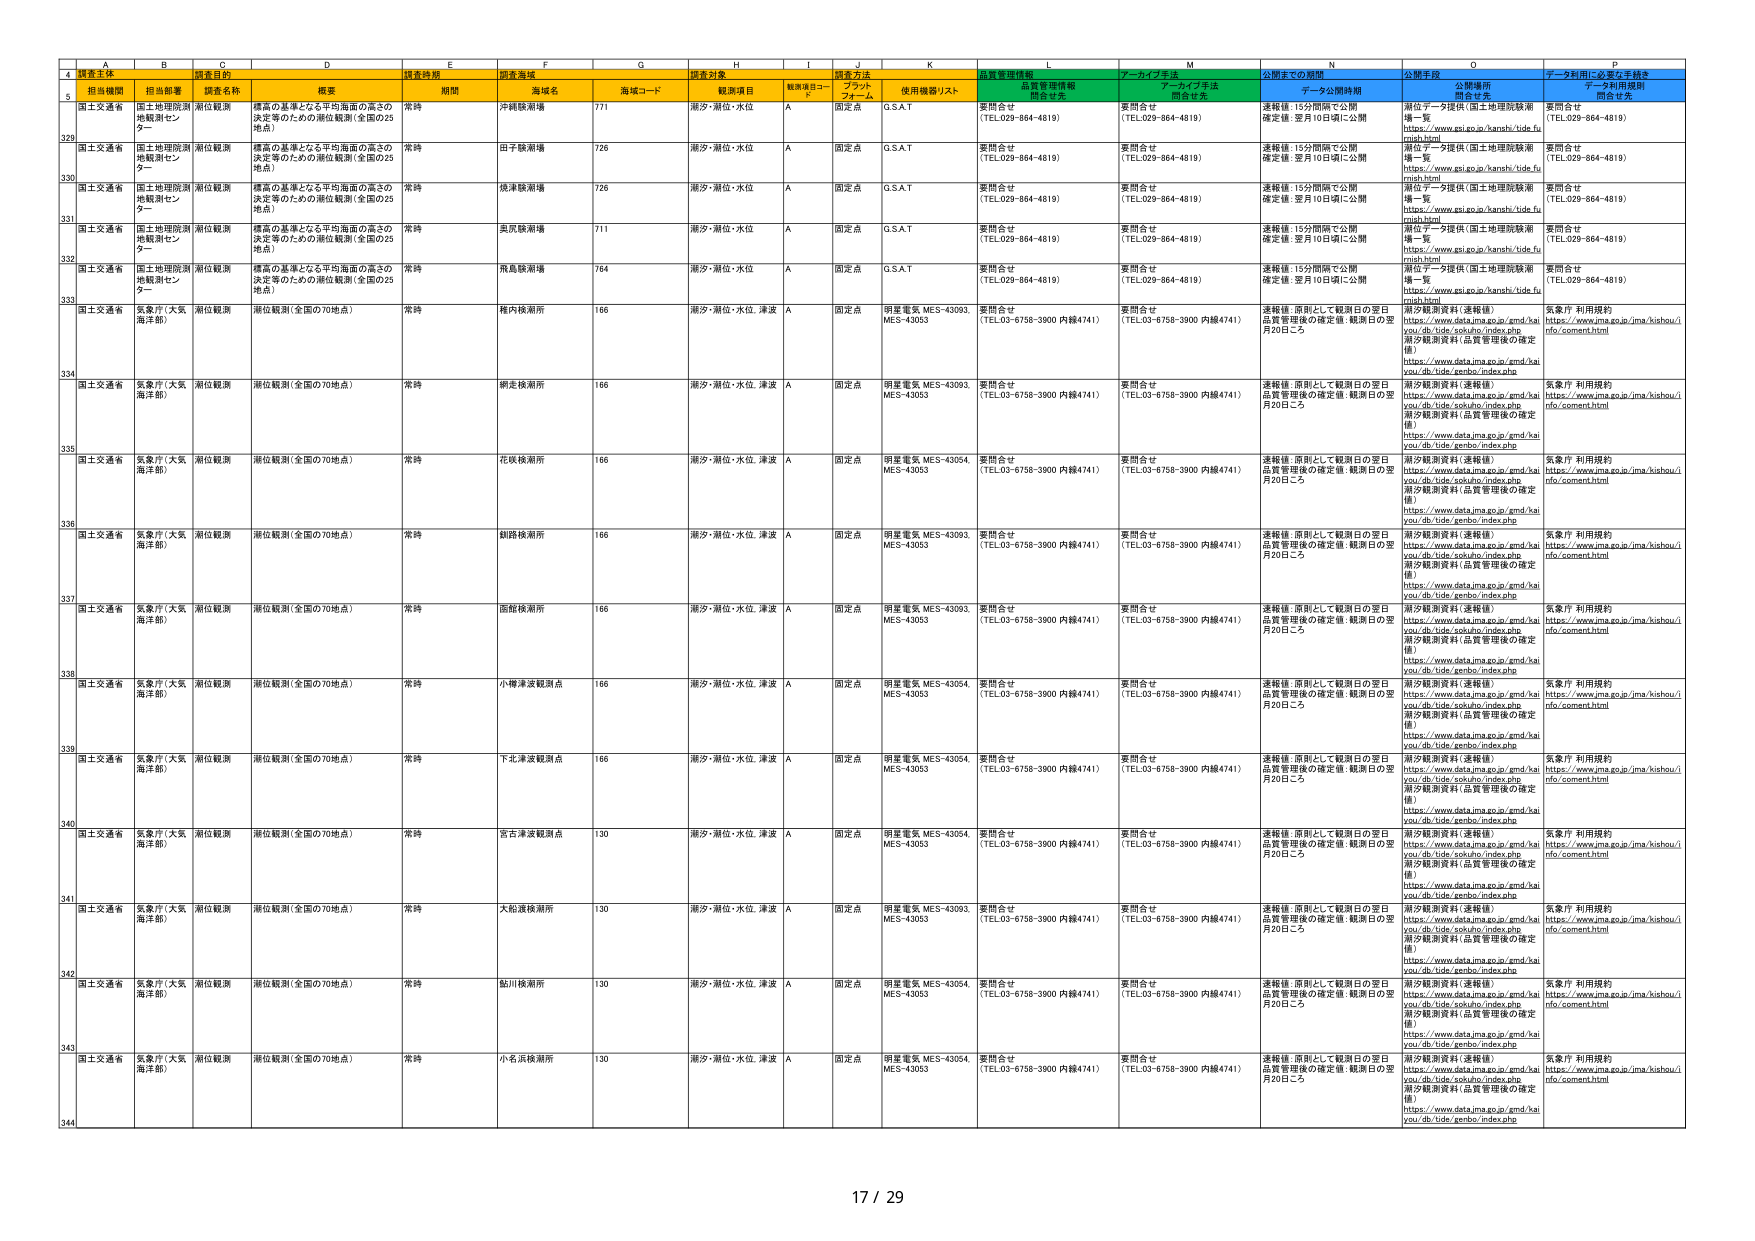
A  B  C  D  E  F  G  H  I  J  K  L  M  N  O  P
4  調査主体  調査主体  調査主体  調査主体  調査主体  調査主体  調査主体  調査主体  調査主体  調査主体  調査主体  調査主体  調査主体  調査主体  調査主体  調査主体
5  担当機関  担当部署  調査名称  概要  期間  海域名  海域コード  観測項目  観測項目コード  調査方法 ブランド フォーム  使用機器/リスト  品質管理情報 問合せ先  アーカイブ手法 問合せ先  公開までの期間  データ公開時期  公開手段  公開場所 問合せ先  データ利用に必要な手続き データ利用規約 問合せ先
329  国土交通省  国土地理院測地観測センター  潮位観測  標高の基準となる平均海面の高さの決定等のための潮位観測（全国の25地点）  常時  沖縄県漁港  771  潮汐・潮位・水位  A  固定点  G.S.A.T  要問合せ（TEL.029-864-4819）  要問合せ（TEL.029-864-4819）  速報値：15分間隔で公開確定値：翌月10日頃に公開  潮位データ提供（国土地理院観測場一覧https://www.gsi.go.jp/kanshi/tide_fumish.html）  要問合せ（TEL.029-864-4819）
330  国土交通省  国土地理院測地観測センター  潮位観測  標高の基準となる平均海面の高さの決定等のための潮位観測（全国の25地点）  常時  田子鰭漁場  726  潮汐・潮位・水位  A  固定点  G.S.A.T  要問合せ（TEL.029-864-4819）  要問合せ（TEL.029-864-4819）  速報値：15分間隔で公開確定値：翌月10日頃に公開  潮位データ提供（国土地理院観測場一覧https://www.gsi.go.jp/kanshi/tide_fumish.html）  要問合せ（TEL.029-864-4819）
331  国土交通省  国土地理院測地観測センター  潮位観測  標高の基準となる平均海面の高さの決定等のための潮位観測（全国の25地点）  常時  徳津漁場  726  潮汐・潮位・水位  A  固定点  G.S.A.T  要問合せ（TEL.029-864-4819）  要問合せ（TEL.029-864-4819）  速報値：15分間隔で公開確定値：翌月10日頃に公開  潮位データ提供（国土地理院観測場一覧https://www.gsi.go.jp/kanshi/tide_fumish.html）  要問合せ（TEL.029-864-4819）
332  国土交通省  国土地理院測地観測センター  潮位観測  標高の基準となる平均海面の高さの決定等のための潮位観測（全国の25地点）  常時  奥尻漁場  711  潮汐・潮位・水位  A  固定点  G.S.A.T  要問合せ（TEL.029-864-4819）  要問合せ（TEL.029-864-4819）  速報値：15分間隔で公開確定値：翌月10日頃に公開  潮位データ提供（国土地理院観測場一覧https://www.gsi.go.jp/kanshi/tide_fumish.html）  要問合せ（TEL.029-864-4819）
333  国土交通省  国土地理院測地観測センター  潮位観測  標高の基準となる平均海面の高さの決定等のための潮位観測（全国の25地点）  常時  飛島漁場  764  潮汐・潮位・水位  A  固定点  G.S.A.T  要問合せ（TEL.029-864-4819）  要問合せ（TEL.029-864-4819）  速報値：15分間隔で公開確定値：翌月10日頃に公開  潮位データ提供（国土地理院観測場一覧https://www.gsi.go.jp/kanshi/tide_fumish.html）  要問合せ（TEL.029-864-4819）
334  国土交通省  気象庁（大気海洋部）  潮位観測  潮位観測（全国の70地点）  常時  稚内検潮所  166  潮汐・潮位・水位、津波  A  固定点  明星電気 MES-43093, MES-43053  要問合せ（TEL.03-6758-3900 内線4741）  要問合せ（TEL.03-6758-3900 内線4741）  速報値：原則として観測日の翌日品質管理後の確定値：観測日の翌月20日ごろ  潮汐観測資料（速報値）https://www.data.jma.go.jp/gmd/haiyou/db/tide/sokuhou/index.php潮汐観測資料（品質管理後の確定値）https://www.data.jma.go.jp/gmd/haiyou/db/tide/zenbo/index.php  気象庁 利用規約https://www.jma.go.jp/jma/kishou/info/comment.html
335  国土交通省  気象庁（大気海洋部）  潮位観測  潮位観測（全国の70地点）  常時  網走検潮所  166  潮汐・潮位・水位、津波  A  固定点  明星電気 MES-43093, MES-43053  要問合せ（TEL.03-6758-3900 内線4741）  要問合せ（TEL.03-6758-3900 内線4741）  速報値：原則として観測日の翌日品質管理後の確定値：観測日の翌月20日ごろ  潮汐観測資料（速報値）https://www.data.jma.go.jp/gmd/haiyou/db/tide/sokuhou/index.php潮汐観測資料（品質管理後の確定値）https://www.data.jma.go.jp/gmd/haiyou/db/tide/zenbo/index.php  気象庁 利用規約https://www.jma.go.jp/jma/kishou/info/comment.html
336  国土交通省  気象庁（大気海洋部）  潮位観測  潮位観測（全国の70地点）  常時  花咲検潮所  166  潮汐・潮位・水位、津波  A  固定点  明星電気 MES-43054, MES-43053  要問合せ（TEL.03-6758-3900 内線4741）  要問合せ（TEL.03-6758-3900 内線4741）  速報値：原則として観測日の翌日品質管理後の確定値：観測日の翌月20日ごろ  潮汐観測資料（速報値）https://www.data.jma.go.jp/gmd/haiyou/db/tide/sokuhou/index.php潮汐観測資料（品質管理後の確定値）https://www.data.jma.go.jp/gmd/haiyou/db/tide/zenbo/index.php  気象庁 利用規約https://www.jma.go.jp/jma/kishou/info/comment.html
337  国土交通省  気象庁（大気海洋部）  潮位観測  潮位観測（全国の70地点）  常時  銀路検潮所  166  潮汐・潮位・水位、津波  A  固定点  明星電気 MES-43093, MES-43053  要問合せ（TEL.03-6758-3900 内線4741）  要問合せ（TEL.03-6758-3900 内線4741）  速報値：原則として観測日の翌日品質管理後の確定値：観測日の翌月20日ごろ  潮汐観測資料（速報値）https://www.data.jma.go.jp/gmd/haiyou/db/tide/sokuhou/index.php潮汐観測資料（品質管理後の確定値）https://www.data.jma.go.jp/gmd/haiyou/db/tide/zenbo/index.php  気象庁 利用規約https://www.jma.go.jp/jma/kishou/info/comment.html
338  国土交通省  気象庁（大気海洋部）  潮位観測  潮位観測（全国の70地点）  常時  函館検潮所  166  潮汐・潮位・水位、津波  A  固定点  明星電気 MES-43093, MES-43053  要問合せ（TEL.03-6758-3900 内線4741）  要問合せ（TEL.03-6758-3900 内線4741）  速報値：原則として観測日の翌日品質管理後の確定値：観測日の翌月20日ごろ  潮汐観測資料（速報値）https://www.data.jma.go.jp/gmd/haiyou/db/tide/sokuhou/index.php潮汐観測資料（品質管理後の確定値）https://www.data.jma.go.jp/gmd/haiyou/db/tide/zenbo/index.php  気象庁 利用規約https://www.jma.go.jp/jma/kishou/info/comment.html
339  国土交通省  気象庁（大気海洋部）  潮位観測  潮位観測（全国の70地点）  常時  小樽津波観測点  166  潮汐・潮位・水位、津波  A  固定点  明星電気 MES-43054, MES-43053  要問合せ（TEL.03-6758-3900 内線4741）  要問合せ（TEL.03-6758-3900 内線4741）  速報値：原則として観測日の翌日品質管理後の確定値：観測日の翌月20日ごろ  潮汐観測資料（速報値）https://www.data.jma.go.jp/gmd/haiyou/db/tide/sokuhou/index.php潮汐観測資料（品質管理後の確定値）https://www.data.jma.go.jp/gmd/haiyou/db/tide/zenbo/index.php  気象庁 利用規約https://www.jma.go.jp/jma/kishou/info/comment.html
340  国土交通省  気象庁（大気海洋部）  潮位観測  潮位観測（全国の70地点）  常時  下北津波観測点  166  潮汐・潮位・水位、津波  A  固定点  明星電気 MES-43054, MES-43053  要問合せ（TEL.03-6758-3900 内線4741）  要問合せ（TEL.03-6758-3900 内線4741）  速報値：原則として観測日の翌日品質管理後の確定値：観測日の翌月20日ごろ  潮汐観測資料（速報値）https://www.data.jma.go.jp/gmd/haiyou/db/tide/sokuhou/index.php潮汐観測資料（品質管理後の確定値）https://www.data.jma.go.jp/gmd/haiyou/db/tide/zenbo/index.php  気象庁 利用規約https://www.jma.go.jp/jma/kishou/info/comment.html
341  国土交通省  気象庁（大気海洋部）  潮位観測  潮位観測（全国の70地点）  常時  宮古津波観測点  130  潮汐・潮位・水位、津波  A  固定点  明星電気 MES-43054, MES-43053  要問合せ（TEL.03-6758-3900 内線4741）  要問合せ（TEL.03-6758-3900 内線4741）  速報値：原則として観測日の翌日品質管理後の確定値：観測日の翌月20日ごろ  潮汐観測資料（速報値）https://www.data.jma.go.jp/gmd/haiyou/db/tide/sokuhou/index.php潮汐観測資料（品質管理後の確定値）https://www.data.jma.go.jp/gmd/haiyou/db/tide/zenbo/index.php  気象庁 利用規約https://www.jma.go.jp/jma/kishou/info/comment.html
342  国土交通省  気象庁（大気海洋部）  潮位観測  潮位観測（全国の70地点）  常時  大船渡検潮所  130  潮汐・潮位・水位、津波  A  固定点  明星電気 MES-43093, MES-43053  要問合せ（TEL.03-6758-3900 内線4741）  要問合せ（TEL.03-6758-3900 内線4741）  速報値：原則として観測日の翌日品質管理後の確定値：観測日の翌月20日ごろ  潮汐観測資料（速報値）https://www.data.jma.go.jp/gmd/haiyou/db/tide/sokuhou/index.php潮汐観測資料（品質管理後の確定値）https://www.data.jma.go.jp/gmd/haiyou/db/tide/zenbo/index.php  気象庁 利用規約https://www.jma.go.jp/jma/kishou/info/comment.html
343  国土交通省  気象庁（大気海洋部）  潮位観測  潮位観測（全国の70地点）  常時  鮎川検潮所  130  潮汐・潮位・水位、津波  A  固定点  明星電気 MES-43054, MES-43053  要問合せ（TEL.03-6758-3900 内線4741）  要問合せ（TEL.03-6758-3900 内線4741）  速報値：原則として観測日の翌日品質管理後の確定値：観測日の翌月20日ごろ  潮汐観測資料（速報値）https://www.data.jma.go.jp/gmd/haiyou/db/tide/sokuhou/index.php潮汐観測資料（品質管理後の確定値）https://www.data.jma.go.jp/gmd/haiyou/db/tide/zenbo/index.php  気象庁 利用規約https://www.jma.go.jp/jma/kishou/info/comment.html
344  国土交通省  気象庁（大気海洋部）  潮位観測  潮位観測（全国の70地点）  常時  小名浜検潮所  130  潮汐・潮位・水位、津波  A  固定点  明星電気 MES-43054, MES-43053  要問合せ（TEL.03-6758-3900 内線4741）  要問合せ（TEL.03-6758-3900 内線4741）  速報値：原則として観測日の翌日品質管理後の確定値：観測日の翌月20日ごろ  潮汐観測資料（速報値）https://www.data.jma.go.jp/gmd/haiyou/db/tide/sokuhou/index.php潮汐観測資料（品質管理後の確定値）https://www.data.jma.go.jp/gmd/haiyou/db/tide/zenbo/index.php  気象庁 利用規約https://www.jma.go.jp/jma/kishou/info/comment.html
17 / 29